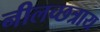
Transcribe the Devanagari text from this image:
नीलच्छत्राय